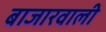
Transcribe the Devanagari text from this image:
बाजारवाली